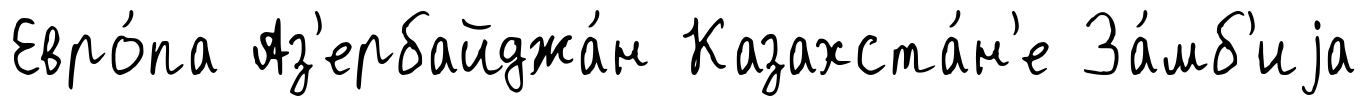
Евро́па Аз'ербайджа́н Казахста́н'е За́мб'иjа